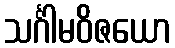
သင်္ဂါမဝိဇယော